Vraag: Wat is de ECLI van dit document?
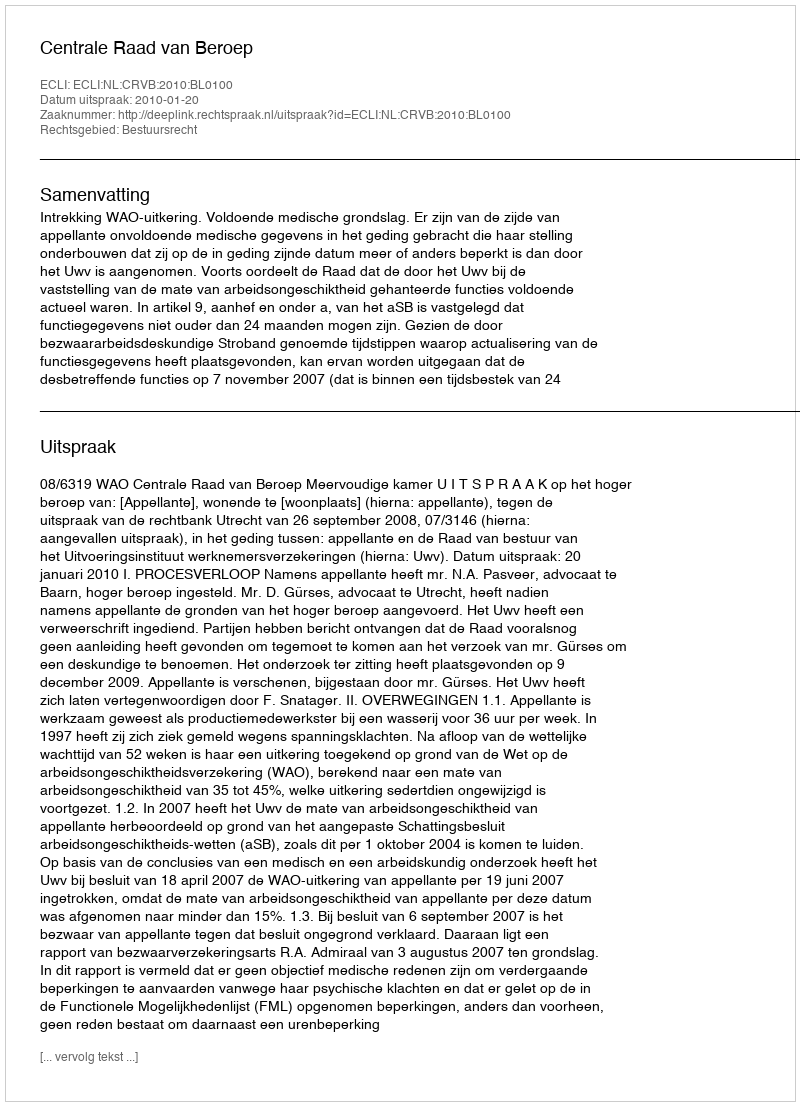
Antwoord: ECLI:NL:CRVB:2010:BL0100